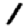
Digit: 1